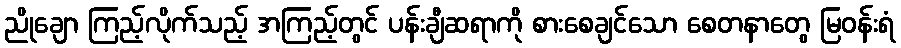
ညိုချော ကြည့်လိုက်သည့် အကြည့်တွင် ပန်းချီဆရာကို စားစေချင်သော စေတနာတွေ မြဝန်းရံ